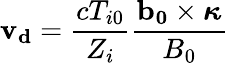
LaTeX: \mathbf{v_{d}}=\frac{cT_{i0}}{Z_{i}}\frac{\mathbf{b_{0}}\times\boldsymbol{\kappa}}{B_{0}}